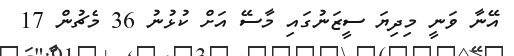
އޭނާ ވަނީ މިދިޔަ ސީޒަނުގައި މާސޭ އަށް ކުޅުނު 36 މެޗުން 17